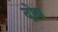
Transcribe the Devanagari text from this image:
दोव